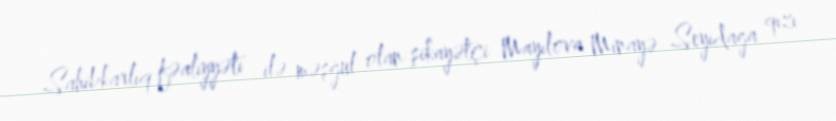
Sahibkarlıq fəaliyyəti ilə məşğul olan şikayətçi Mayılova Minayə Seyidaga qızı